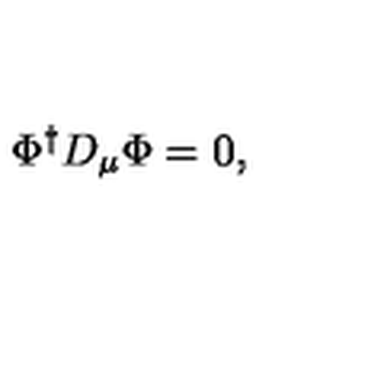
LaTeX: \Phi ^ { \dagger } D _ { \mu } \Phi = 0 ,